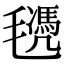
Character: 𣰜